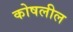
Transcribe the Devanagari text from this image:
कोषलील